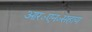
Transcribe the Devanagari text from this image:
आर०एन०सहाय